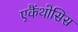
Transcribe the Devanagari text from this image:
एकैंथोसिस